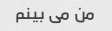
من می بینم